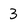
Character: 3